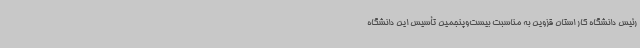
رئیس دانشگاه کار استان قزوین به مناسبت بیست‌وپنجمین تأسیس این دانشگاه